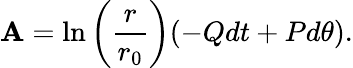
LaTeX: \mathbf{A}=\ln\left(\frac{{r}}{{r_{0}}}\right)(-Qdt+Pd\theta).